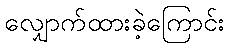
လျှောက်ထားခဲ့ကြောင်း